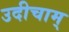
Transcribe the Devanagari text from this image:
उदीचाम्